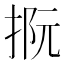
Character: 𢭫